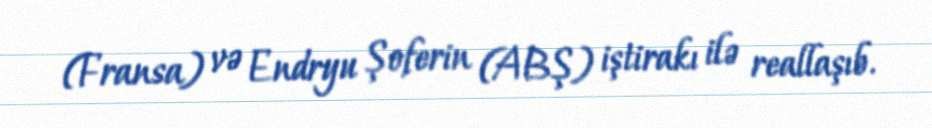
(Fransa) və Endryu Şoferin (ABŞ) iştirakı ilə reallaşıb.